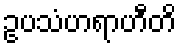
ဥပသံဟရာဟီတိ